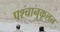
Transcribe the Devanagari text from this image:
पश्चानुकूलन